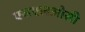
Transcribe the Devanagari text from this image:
एसएलओसी